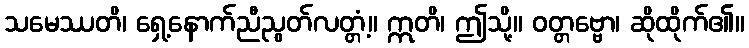
သမေဿတိ၊ ရှေ့နောက်ညီညွတ်လတ္တံ့။ ဣတိ၊ ဤသို့။ ဝတ္တဗ္ဗော၊ ဆိုထိုက်၏။